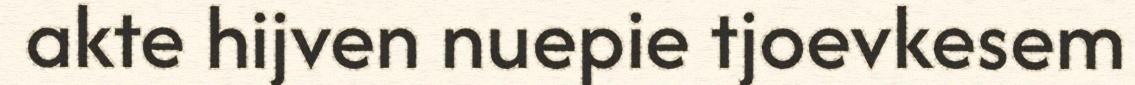
akte hijven nuepie tjoevkesem